Vaccination North-Western Provinces and Oudh 1878-1895 - 1878-1895
Year: 1878
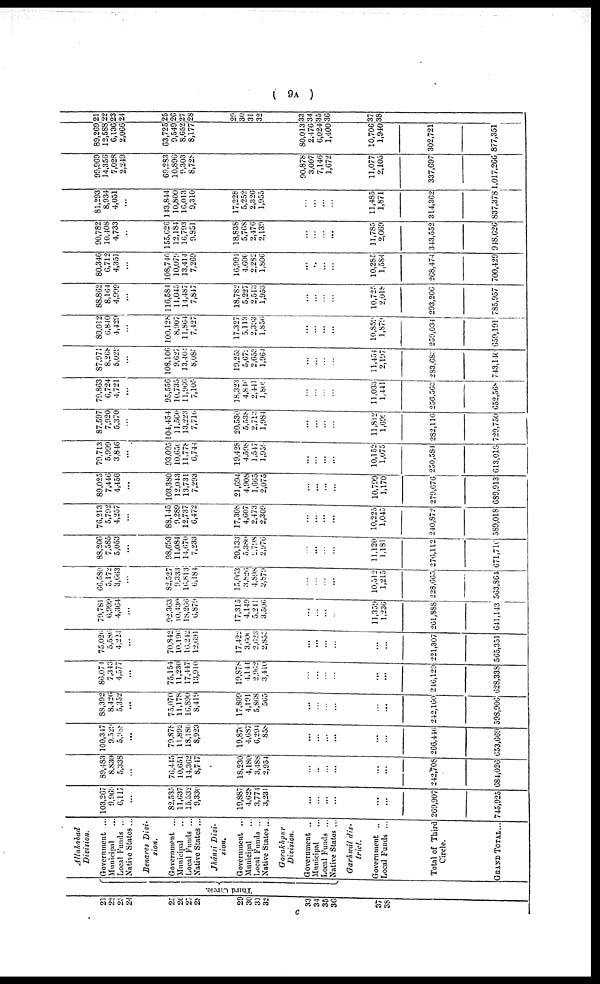
( 9A )
21
22
23
24
25
26
27
28
29
30
31
32
33
34
35
36
37
38
Third Circle.
Allahabad
Division.
Government ...
Municipal ...
Local Funds ...
Native States ..
Benares
Divi-
sion.
Government ...
Municipal ...
Local Funds ...
Native States ..
Jhánsi
Divi-
sion.
Government ...
Municipal ...
Local Funds ...
Native States...
Gorakhpur
Division.
Government ..
Municipal ...
Local Funds ...
Native States ...
Garhwál
dis-
trict.
Government ..
Local Funds ...
Total of Third
Circle.
GRAND TOTAL...
103,267
9,969
6,117
...
82,535
11,637
15,532
9,330
19,887
4,628
3,771
3,231
...
...
...
...
...
...
269,907
745,925
89,483'
8,830
5,338
...
76,445
10,651
14,302
8,747
18,230
4,180
3,488
2,954
...
...
...
...
...
...
242,708
384,020
100,347
9,529
5,988
...
79,878
11,892
18,180
8,923
19,876
4,068
6,294
858
...
...
...
...
...
...
266,446
653,669
88,392
8,426
5,352
...
75,070
11,17b
16,890
8,419
17,809
4,191
5,868
565
...
...
...
...
...
...
242,160
598,906
86,074
7,343
4,577
...
75,154
11,230
17,447
13,910
19,878
4,144
2,962
3,410
...
...
...
...
...
...
246,129
628,338
75,026
5,586
4,224
...
70,842
10,196
16,242
12,691
17,422
3,606
2,028
2,855
...
...
...
...
...
...
221,307
565,351
79,781
6,999
4,304
...
92,363
10,430
18,266
6,879
17,315
4,149
5,241
3,506
...
...
...
...
11,359
1,236
261,888
641,143
66,580
5,172
3,663
...
82,527
9,333
16,813
6,184
15,063
3,826
4,898
2,879
...
...
...
...
10,512
1,215
228,665
563,864
88,206
7,585
5,053
...
98,693
11,084
14,670
7,233
20,133
5,380
2,798
2,976
...
...
...
...
11,120
1,181
276,112
671,716
76,213
5,792
4,257
...
88,145
9,289
12,737
6,472
17,308
4,607
2,473
2,309
...
...
...
...
10,225
1,045
240,872
589,018
89,025
7,446
4,456
...
103,380
12,043
13,731
7,293
21,694
4,908
1,665
2,075
...
...
...
...
10,799
1,170
279,679
689,913
79,713
5,999
3,846
...
93,095
10,650
11,778
6,744
19,428
4,598
1,547
1,959
...
...
...
...
10,152
1,075
250,584
613,018
87,597
7,920
5,370
...
104,454
11,560
13,223
7,716
20,530
5,538
2,713
1,984
...
...
...
...
11,812
1,699
282,116
729,750
79,863
6,724
4,721
...
95,556
10,735
11,966
7,105
18,323
4,846
2,441
l,809
...
...
...
...
11,033
1,441
256,563
652,568
87,971
8,268
5,029
...
108,106
9,627
13,404
8,085
19,253
5,072
2,653
1,964
...
...
...
...
11,454
2,197
283,683
743,140
80,012
0,840
4,429
...
100,128
8,907
11,864
7,427
17,327
5,113
2,393
1,856
...
...
...
...
10,859
1,879
259,034
659,191
88,862
8,104
4,999
...
116,584
11,045
14,487
7,847
18,782
5,227
2,513
1,953
...
...
...
...
10,725
2,018
293,206
785,957
80,346
6,712
4,351
...
108,746
10,079
13,414
7,269
16,994
4,606
2,282
1,806
...
...
...
...
10,282
1,584
268,474
700,429
90,782
10,408
4,733
...
155,626
12,184
16,793
9,951
18,838
5,768
2,476
2,139
...
...
...
...
11,785
2,069
343,552
948,626
81,293
8,934
4,051
...
143,844
10,800
16,013
9,310
17,228
5,252
2,326
1,955
...
...
...
...
11,485
1,871
314,362
837,378
99,969
14,356
7,028
2,249
69,283
10,896
9,303
8,728
90,878
3,007
7,146
1,672
11,077
2,105
337,697
1,017,266
89,269
12,588
6,136
2,066
63,725
9,549
8,652
8,177
80,013
2,476
6,024
1,400
10,706
1,940
302,721
877,351
21
22
23
24
25
26
27
28
29
30
31
32
33
34
35
36
37
38
c